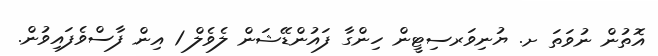
އޮތުން ނުވަތަ ށ. ޔުނިވަރސިޓީން ހިންގާ ފައުންޑޭޝަން ލެވެލް 1 އިން ފާސްވެފައިވުން.